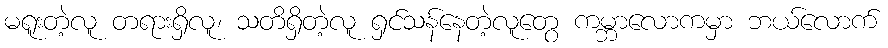
မရူးတဲ့လူ တရားရှိလူ၊ သတိရှိတဲ့လူ ရှင်သန်နေတဲ့လူတွေ ကမ္ဘာလောကမှာ ဘယ်လောက်